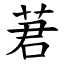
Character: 莙